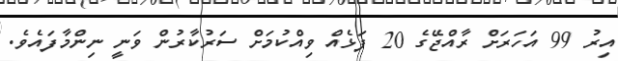
އިރު 99 އަހަރަށް ރާއްޖޭގެ 20 ފަޅެއް ވިއްކުމަށް ސަރުކާރުން ވަނީ ނިންމާފައެވެ.